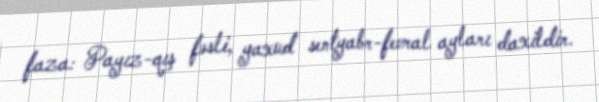
faza: Payız-qış fəsli, yaxud sentyabr-fevral ayları daxildir.